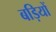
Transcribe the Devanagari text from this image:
बड़ियों